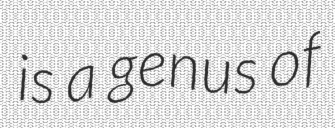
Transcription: is a genus of